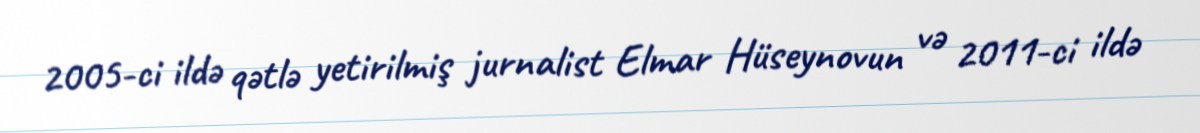
2005-ci ildə qətlə yetirilmiş jurnalist Elmar Hüseynovun və 2011-ci ildə